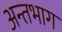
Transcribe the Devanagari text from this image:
अन्तभाग